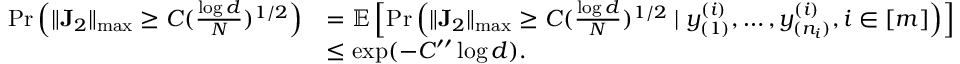
\begin{array} { r l } { \mathrm { P r } \left( \| \mathbf { J } _ { 2 } \| _ { \operatorname* { m a x } } \geq C ( \frac { \log d } { N } ) ^ { 1 / 2 } \right) } & { = \mathbb { E } \left[ \mathrm { P r } \left( \| \mathbf { J } _ { 2 } \| _ { \operatorname* { m a x } } \geq C ( \frac { \log d } { N } ) ^ { 1 / 2 } \mid y _ { ( 1 ) } ^ { ( i ) } , \dots , y _ { ( n _ { i } ) } ^ { ( i ) } , i \in [ m ] \right) \right] } \\ & { \leq \exp ( - C ^ { \prime \prime } \log d ) . } \end{array}